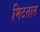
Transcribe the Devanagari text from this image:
मिटतात